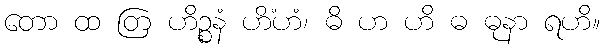
တော ထ တြ ဟိဉ္စနံ ဟိံဟံ၊ ဓိ ဟ ဟိ ဓ ဓုနာ ရဟိ။